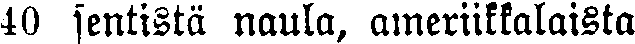
40 sentistä naula, ameriikkalaista